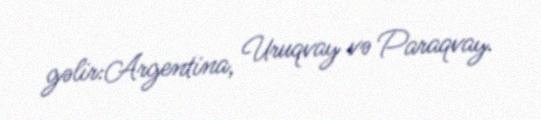
gəlir:Argentina, Uruqvay və Paraqvay.